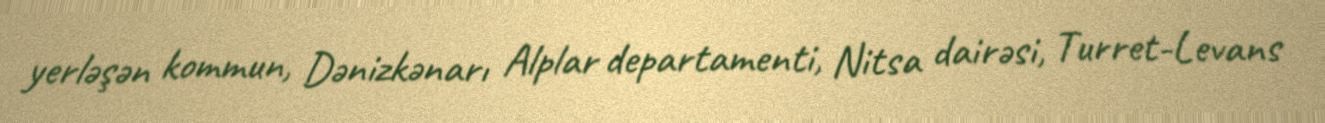
yerləşən kommun, Dənizkənarı Alplar departamenti, Nitsa dairəsi, Turret-Levans